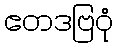
ဧတဒဗြဝုံ